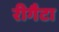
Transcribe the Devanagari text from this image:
रीगैटा